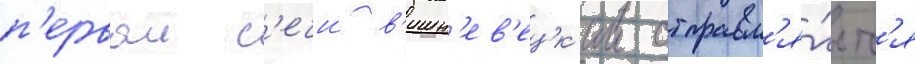
п'ервои с'ечи в'ишн'ев'ецк'ии отправл'я́етс'я